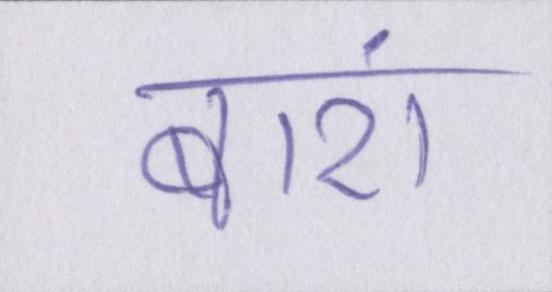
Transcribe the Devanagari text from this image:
बारां